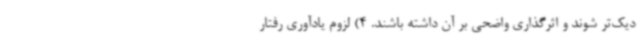
دیک‌تر شوند و اثرگذاری واضحی بر آن داشته باشند. 4)‌ لزوم یادآوری رفتار